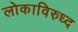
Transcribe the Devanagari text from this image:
लोकाविरुध्द